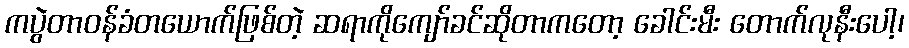
ကပွဲတာဝန်ခံတယောက်ဖြစ်တဲ့ ဆရာကိုကျော်ခင်ဆိုတာကတော့ ခေါင်းမီး တောက်လုနီးပေါ့၊